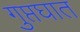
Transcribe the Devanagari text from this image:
गुप्तघात